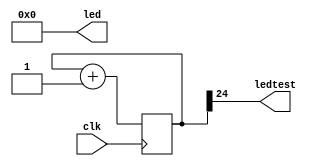
`timescale 1ns / 1ps
//////////////////////////////////////////////////////////////////////////////////
// Company: 
// Engineer: 
// 
// Design Name: 
// Module Name:    blink 
// Project Name: 
// Target Devices: 
// Tool versions: 
// Description: 
//
// Dependencies: 
//
// Revision: 
// Revision 0.01 - File Created
// Additional Comments: 
//
//////////////////////////////////////////////////////////////////////////////////
module blink(
input wire clk,   // clock typically from 10MHz to 50MHz
output wire [7:0] led,
output wire ledtest
);
// create a binary counter
reg [31:0] cnt;
always @(posedge clk) cnt <= cnt+1;

assign ledtest = cnt[24];
assign led = 8'b00000000;
//assign led[0] = cnt[22];    // blink the LED at a few Hz (using the 23th bit of the counter, use a different bit to modify the blinking rate)
endmodule